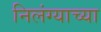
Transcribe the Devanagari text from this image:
निलंग्याच्या